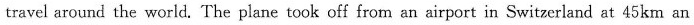
travel around the world. The plane took off from an airport in Switzerland at 45km an